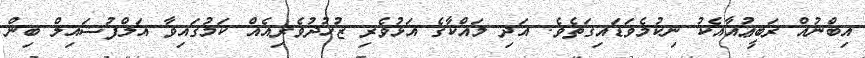
އިބްނުއް ރަބީޢުއާއެކު ނިކުމެވަޑައިގަތެވެ. އަދި މައްކާގެ އަޅުވެރި ޒުހުދުވެރިއެއް ކަމުގައިވާ އަލްފުޟައިލް ބިން